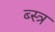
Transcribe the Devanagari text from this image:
ब्स्त्र